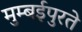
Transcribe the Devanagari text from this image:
मुम्बईपुरते